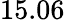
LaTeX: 15.06